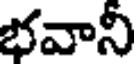
భవాని